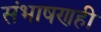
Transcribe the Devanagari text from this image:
संभाषणही